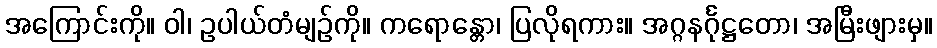
အကြောင်းကို။ ဝါ၊ ဥပါယ်တံမျဉ်ကို။ ကရောန္တော၊ ပြလိုရကား။ အဂ္ဂနင်္ဂုဋ္ဌတော၊ အမြီးဖျားမှ။